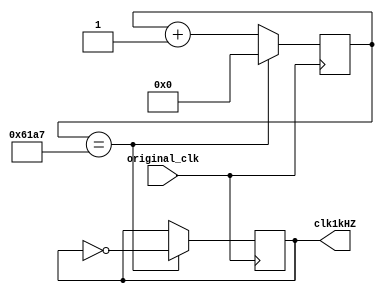
module original_to_1kHZ(original_clk, clk1kHZ);
input original_clk;
output reg clk1kHZ;
reg[25:0] cnt_1kHZ;
always@(posedge original_clk)
begin
	if(cnt_1kHZ == 'd25000-1)
	begin
		cnt_1kHZ <= 0;
		clk1kHZ <= ~clk1kHZ;
	end
	else
		cnt_1kHZ <= cnt_1kHZ + 1'b1;
end
endmodule